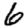
Digit: 6